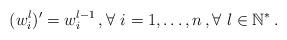
LaTeX: \begin{align*}(w_i^l)^{\prime}=w_i^{l-1} \,, \forall \ i=1, \ldots, n \,, \forall \ l \in \mathbb{N}^{\ast} \,.\end{align*}